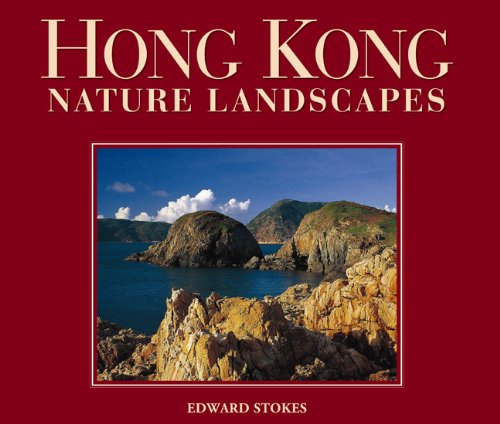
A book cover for Hong Kong Nature Landscapes (Photographic Heritage Foundation); Edward Stokes; Travel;